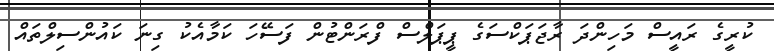
ކުރީގެ ރައީސް މަހިންދަ ރާޖަޕަކްސަގެ ޕީޕަލްސް ފްރަންޓުން ފަސޭހަ ކަމާއެކު ގިނަ ކައުންސިލްތައް